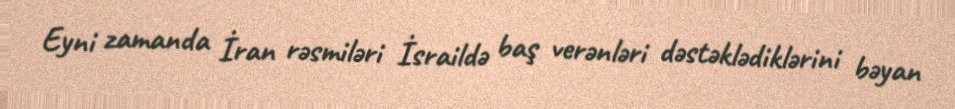
Eyni zamanda İran rəsmiləri İsraildə baş verənləri dəstəklədiklərini bəyan